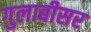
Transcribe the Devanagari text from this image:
गुलाबीसर